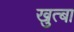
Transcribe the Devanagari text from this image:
खुत्बा